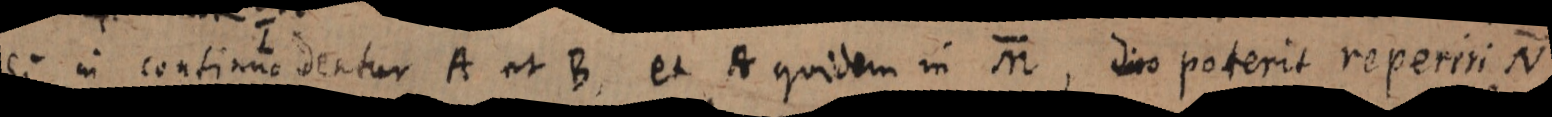
Si in continuo dentur A et B et A quidem in M, dico poterit reperiri N